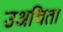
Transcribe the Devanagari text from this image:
उअचिता